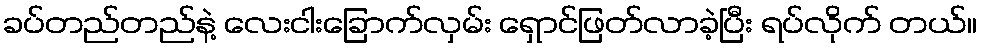
ခပ်တည်တည်နဲ့ လေးငါးခြောက်လှမ်း ရှောင်ဖြတ်လာခဲ့ပြီး ရပ်လိုက် တယ်။